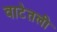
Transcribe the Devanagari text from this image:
वाटेतली